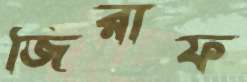
জিরাফ